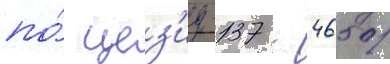
по́ цез'иу-137 - 4650